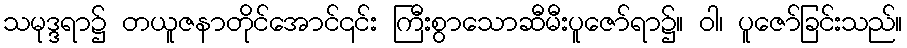
သမုဒ္ဒရာ၌ တယူဇနာတိုင်အောင်၎င်း ကြီးစွာသောဆီမီးပူဇော်ရာ၌။ ဝါ၊ ပူဇော်ခြင်းသည်။